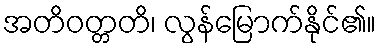
အတိဝတ္တတိ၊ လွန်မြောက်နိုင်၏။